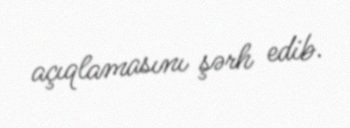
açıqlamasını şərh edib.